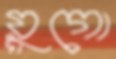
য়ুগো